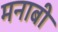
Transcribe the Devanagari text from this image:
मनाबी